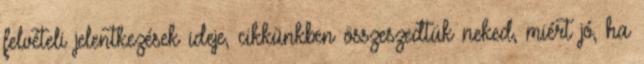
felvételi jelentkezések ideje, cikkünkben összeszedtük neked, miért jó, ha